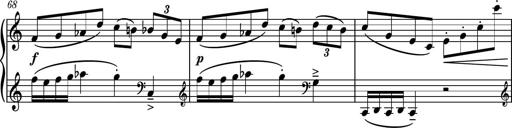
Title: Piano Sonatina No.3
Composer: Dimitri Sykias
Key: C major